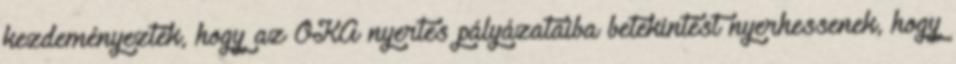
kezdeményezték, hogy az ÖKA nyertes pályázataiba betekintést nyerhessenek, hogy